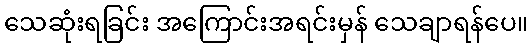
သေဆုံးရခြင်း အကြောင်းအရင်းမှန် သေချာရန်ပေ။